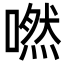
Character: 嘫